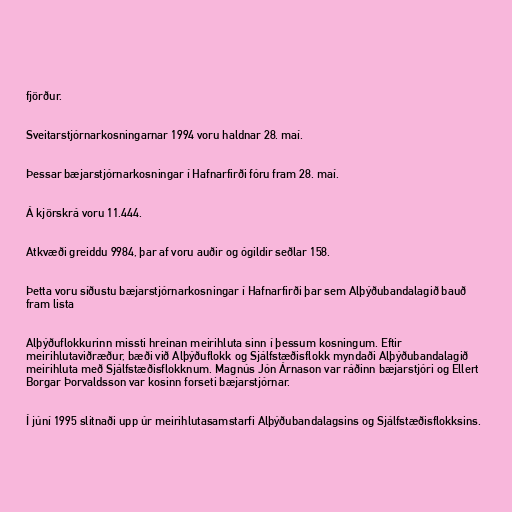
fjörður.

Sveitarstjórnarkosningarnar 1994 voru haldnar 28. maí.

Þessar bæjarstjórnarkosningar í Hafnarfirði fóru fram 28. maí.

Á kjörskrá voru 11.444.

Atkvæði greiddu 9984, þar af voru auðir og ógildir seðlar 158.

Þetta voru síðustu bæjarstjórnarkosningar í Hafnarfirði þar sem Alþýðubandalagið bauð
fram lista

Alþýðuflokkurinn missti hreinan meirihluta sinn í þessum kosningum. Eftir
meirihlutaviðræður, bæði við Alþýðuflokk og Sjálfstæðisflokk myndaði Alþýðubandalagið
meirihluta með Sjálfstæðisflokknum. Magnús Jón Árnason var ráðinn bæjarstjóri og Ellert
Borgar Þorvaldsson var kosinn forseti bæjarstjórnar.

Í júní 1995 slitnaði upp úr meirihlutasamstarfi Alþýðubandalagsins og Sjálfstæðisflokksins.